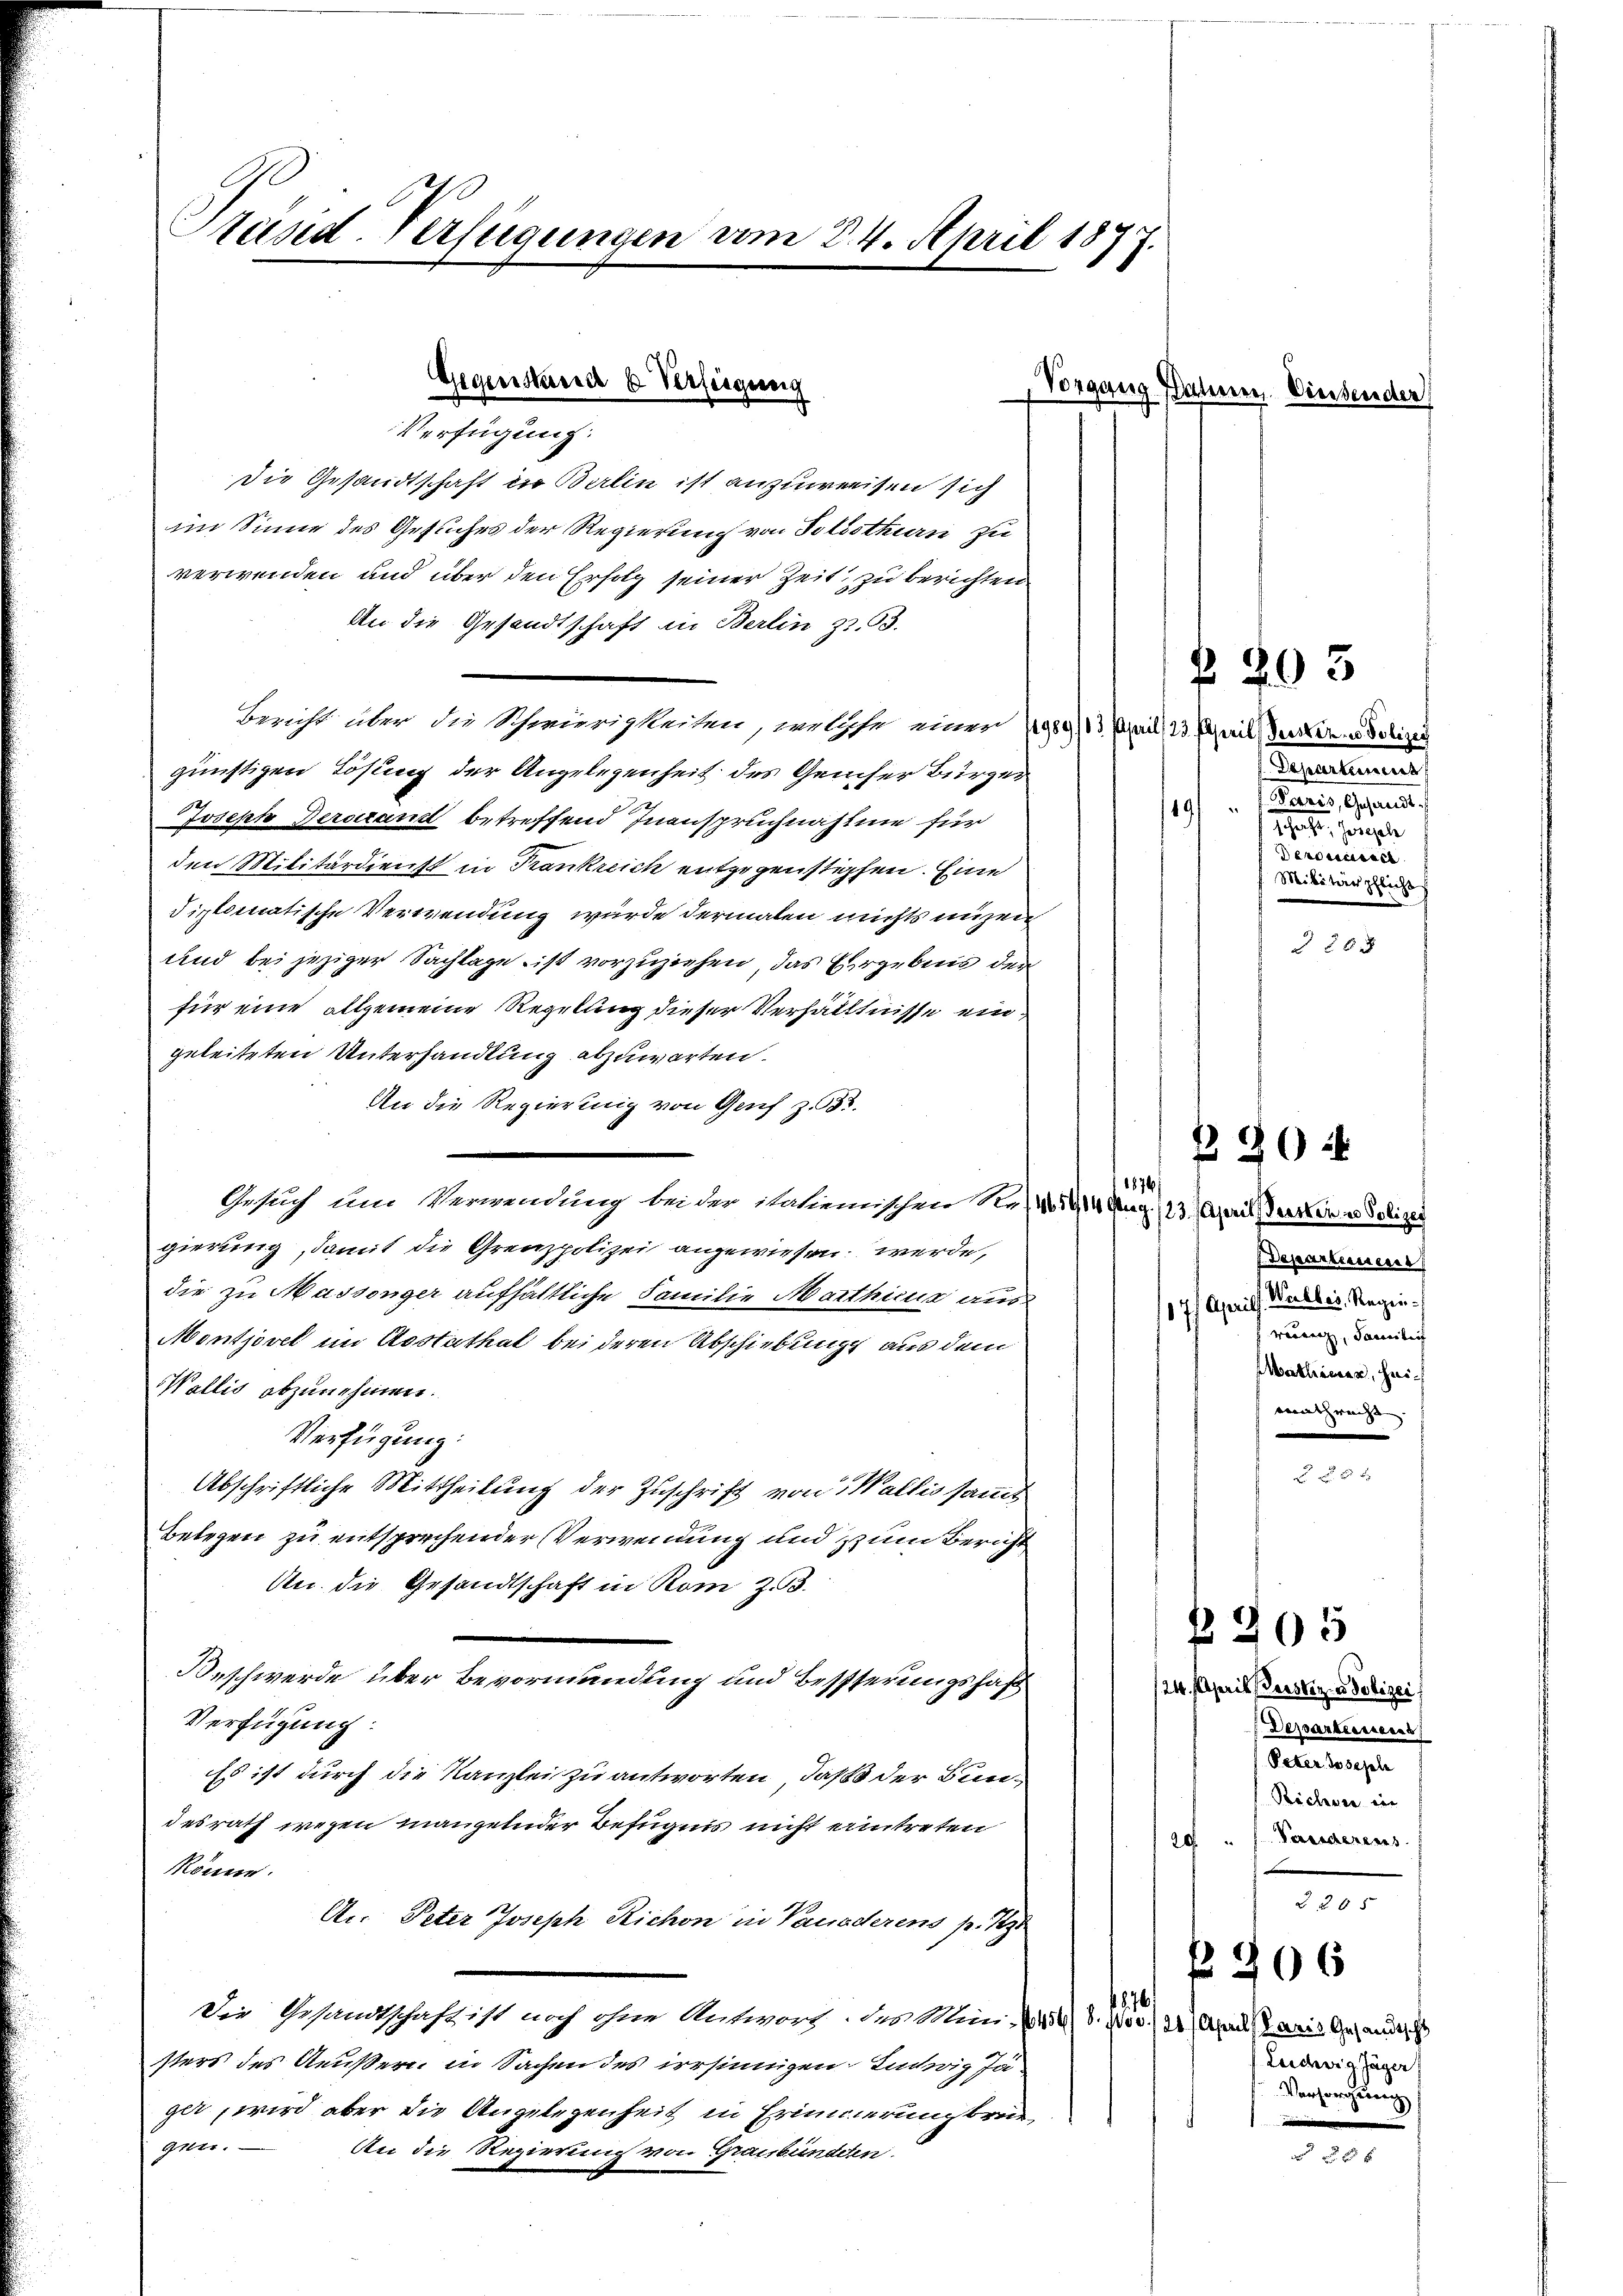
Präsid. Verfügungen vom 24. April 1877.

Gegenstands 6. Verfeigung
Verfügung:

Die Gesandtschaft in Berlin ist anzuweisen sich
im Sinne des Gesuches der Regierung von Solothurn zu
verwenden und über den Erfolg seiner Zeit zu berichten
An die Gesandtschaft in Berlin 3. 53.
Bericht über die Schwürigkeiten, welche einer 1989/13 April (13. April, Gurken. Polizey
günstigen Lösung der Angelegenheit des Gemder Bürger
Joseph Perstand betreffend Inanspruchnahme für
den Militärdienst in Krankreich entgegenstophen. Eine
diplomatische Verwendung wurde dermalen nichts unzeig
und bei jeziger Sachlage ist vorzuziehen, das Ergebens der
für eine allgemeine Regelung dieser Verhältnisse eingeleiteten Unterhandlung abzuwarten.
An die Regierung von Genf z. 333.
Gesuch um Verwendung bei der italienischen K. No. 1914 Aug. 123. April erren u. Polizei
gierung, damit die Grenzpolizei angewiesen werde,
die zu Massenger aufhältliche Familie Marthicus aus
Montjövel im Asstathal bei deren Abschiebung aus dem
Wallis abzunehmen.
Verfügung:
Abschriftliche Mittheilung der Zuschrift von Wallis sammt
Belegen zu entsprechender Verwendung und zum Bericht
An die Gesandtschaft in Rom z. 3.
Beschwerde über Bevormundung und Bessserungshaft
Verfügung:
Es ist durch die Kanzlei zu antworten, daß der Bundesrath wegen mangelnder Befugnis nicht eintreten
könne.
An Peter Joseph Richon in Vauaderens p. zu
876
Die Gesandtschaft ist noch ohne Antwort: der Mini- 456) S. 1100 (20) April daris Gesandts
sters des Aeußern in Sachen des irrsinnigen Einwig Jager, wird aber die Angelegenheit in Erinnerung breigen.
An die Regierung von Graubündeln.

Vorgang Bahnen. Diesender

.Departemens
119/ "  Paris, Gesandt.
Sache, sorgele
Benoncessel
Militärpflicht
 56 x

205

1876
1. Departement
107 Aprill. Walles, Regiereuen, Familie
Mathiener, heimathrecht.

B 90 ff

f 6 x

24. April derstiz u. Polizei
Departeiners
Peter seele
Richenen in
20 " F. Pariserens
Z 285
f. 206
Leidewig Jäger
Vorsorgung
n

§ 205